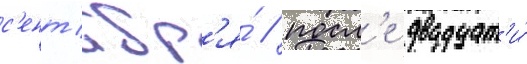
с'ент'ябр'я́ / посл'е двадцат'и́